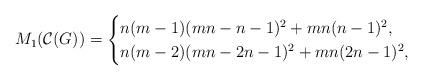
LaTeX: \begin{align*}M_{1}(\mathcal{C}(G)) = \begin{cases}n(m-1)(mn-n-1)^{2} + mn(n-1)^{2}, & \\n(m-2)(mn-2n-1)^{2} + mn(2n-1)^{2}, & \end{cases} \end{align*}